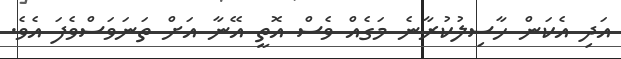
އަދި އެކަން ހާސިލުކުރާނެ މަގެއް ވެސް އޮތީ އޭނާ އަށް ތަނަވަސްވެފަ އެވެ.